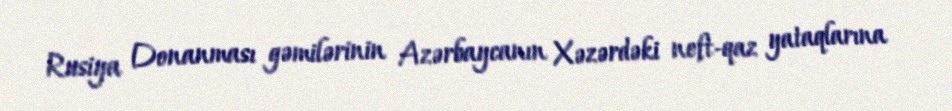
Rusiya Donanması gəmilərinin Azərbaycanın Xəzərdəki neft-qaz yataqlarına